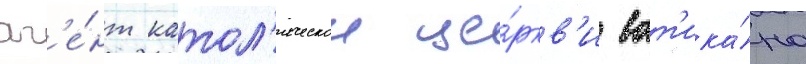
аг'е́нт катол'ическои це́ркв'и ват'ика́на